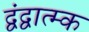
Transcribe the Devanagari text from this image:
द्वंद्वात्म्क